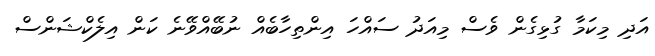
އަދި މިކަމާ ގުޅިގެން ވެސް މިއަދު ސައްހަ އިންތިހާބެއް ނުބޭއްވޭނެ ކަން އިލެކްޝަންސް